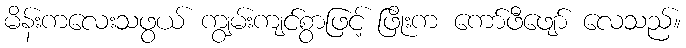
မိန်းကလေးသဖွယ် ကျွမ်းကျင်စွာဖြင့် ဖြိုးက ကော်ဖီဖျော် လေသည်။